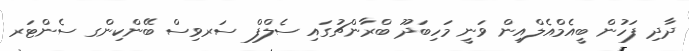
ދާދި ފަހުން ބީއެމްއެލްއިން ވަނީ މަހިބަދޫ ބްރާންޗުގައި ސެލްފް ސަރވިސް ބޭންކިންގ ސެންޓަރ